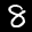
Label: 8